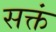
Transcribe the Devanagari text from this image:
सक्तं